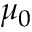
\mu _ { 0 }